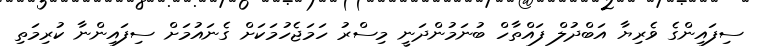
ސިފައިންގެ ވެރިޔާ އަބްދުލް ފައްތާހް ބުނަމުންދަނީ މިސްރު ހަމަޖެހުމަކަށް ގެނައުމަށް ސިފައިންނާ ކުރިމަތި